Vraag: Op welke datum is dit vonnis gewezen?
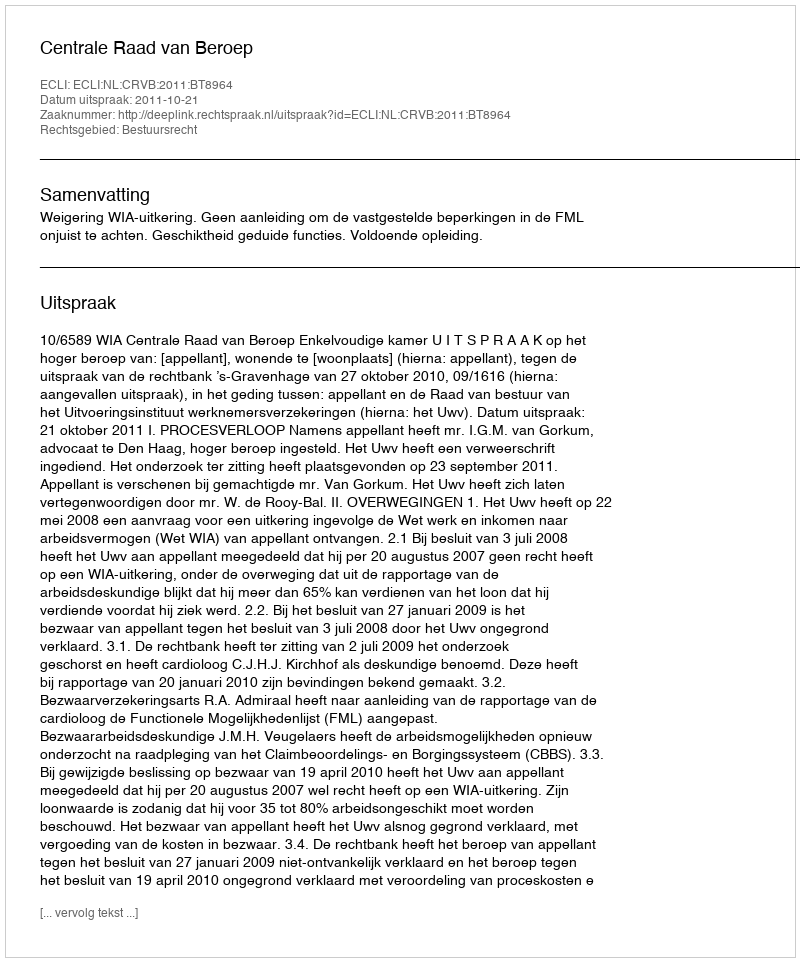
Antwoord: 2011-10-21